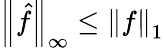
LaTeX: \left\| {\hat{f}}\right\| _{\infty}\leq\left\| f\right\| _{1}